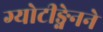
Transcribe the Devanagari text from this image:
ग्योटीङ्गेनने